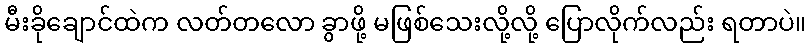
မီးခိုချောင်ထဲက လတ်တလော ခွာဖို့ မဖြစ်သေးလို့လို့ ပြောလိုက်လည်း ရတာပဲ။